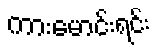
ကားမောင်းရင်း